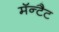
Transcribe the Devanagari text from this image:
मॅन्टैट